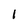
Character: l